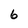
Character: 6